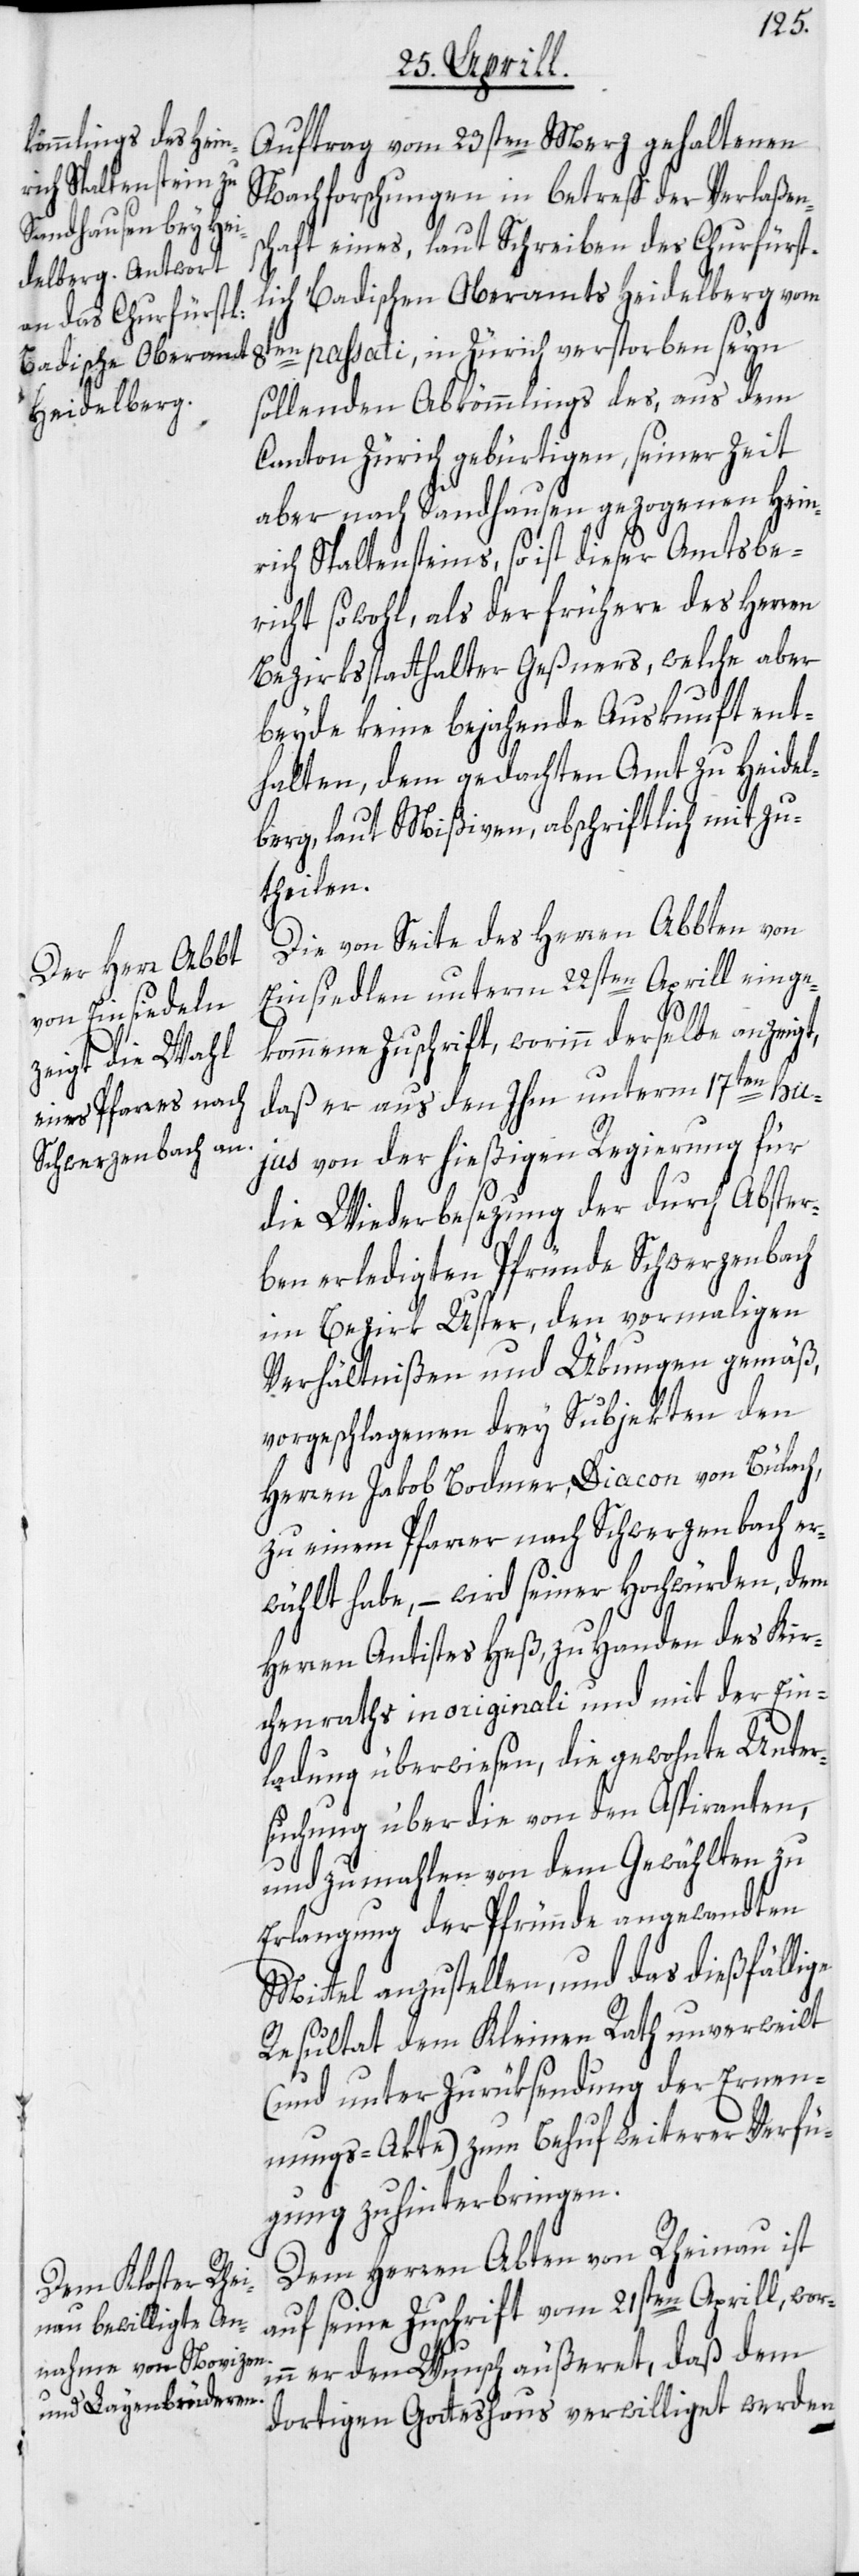
Auftrag vom 23sten Merz gehaltenen
Nachforschungen in betreff der Verlaßens¬
chaft eines, laut Schreiben des Churfürst¬
lich Badischen Oberamts Heidelberg vom
8ten passati, in Zürich verstorben seyn
sollenden Abkömmlings des, aus dem
Canton Zürich gebürtigen, seiner Zeit
aber nach Sandhausen gezogenen Hein¬
rich Spaltensteins, so ist dieser Amtsbe¬
richt sowohl, als der frühere des Herren
Bezirksstatthalter Geßners, welche aber
beyde keine bejahende Auskunft ent¬
halten, dem gedachten Amt zu Heidel¬
berg, laut Mißiven, abschriftlich mitzu¬
theilen.
Die von Seite des Herren Abbten von
Einsiedlen unterm 22sten Aprill einge¬
kommene Zuschrift, worinn derselbe anzeigt,
daß er aus den Ihm unterm 17ten hu¬
jus von der hießigen Regierung für
die Wiederbesezung der durch Abster¬
ben erledigten Pfründe Schwerzenbach
im Bezirk Uster, den vormaligen
Verhältnißen und Übungen gemäß,
vorgeschlagenen drey Subjekten den
Herren Jakob Bodmer, Diacon von Bülach,
zu einem Pfarrer nach Schwerzenbach er¬
wählt habe, – wird seiner Hochwürden, dem
Herren Antistes Heß, zu Handen des Kir¬
chenraths in originali und mit der Ein¬
ladung überwiesen, die gewohnte Unter¬
suchung über die von den Aspiranten,
und zumahlen von dem Gewählten zu
Erlangung der Pfründe angewandten
Mittel anzustellen, und das dießfällige
Resultat dem Kleinen Rath unverweilt
(und unter Zurüksendung der Ernen¬
nungs-Akte) zum Behuf weiterer Verfü¬
gung zu hinterbringen.
Dem Herren Abten von Rheinau ist
auf seine Zuschrift vom 21sten Aprill, wori¬
nn er den Wunsch äußeret, daß dem
dortigen Gotteshaus verwilliget werden